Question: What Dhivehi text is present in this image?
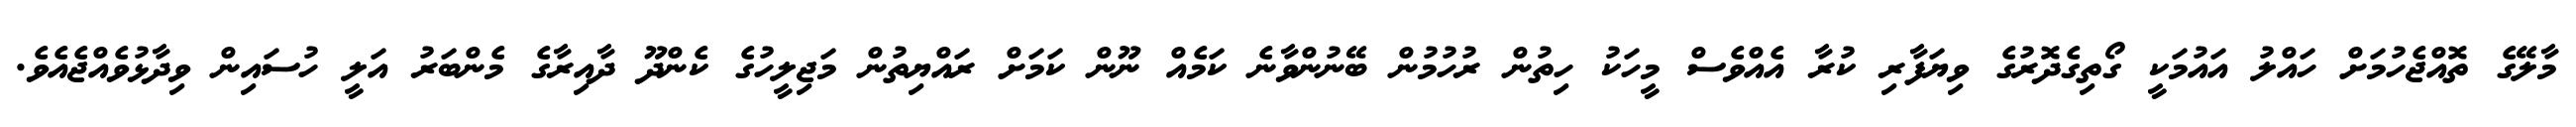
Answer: މާލޭގެ ތޮއްޖެހުމަށް ހައްލު އައުމަކީ ގޯތިގެދޮރުގެ ވިޔަފާރި ކުރާ އެއްވެސް މީހަކު ހިތުން ރުހުމުން ބޭނުންވާނެ ކަމެއް ނޫން ކަމަށް ރައްޔިތުން މަޖިލީހުގެ ކެންދޫ ދާއިރާގެ މެންބަރު އަލީ ހުސައިން ވިދާޅުވެއްޖެއެވެ.